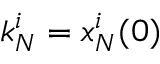
k _ { N } ^ { i } = x _ { N } ^ { i } ( 0 )